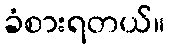
ခံစားရတယ်။